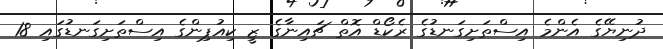
ދުނިޔޭގެ އެންމެ އިސްތަށިގަނޑުގެ ރެކޯޑް އޮތް ޗައިނާގެ ޒީ ކިއުޕިންގެ އިސްތަށިގަނޑުގައި 18